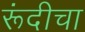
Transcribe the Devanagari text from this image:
रूंदीचा